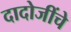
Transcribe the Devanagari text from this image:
दादोजींचे